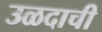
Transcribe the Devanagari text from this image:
उळदाची